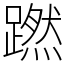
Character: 蹨